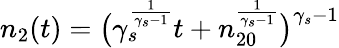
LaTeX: n_{2}(t)=\big(\gamma_{s}^{\frac{1}{\gamma_{s}-1}}t+n_{20}^{\frac{1}{\gamma_{s}-1}}\big)^{\gamma_{s}-1}